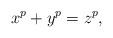
LaTeX: \begin{align*} x^p + y^p = z^p,\end{align*}